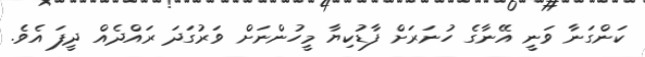
ކަންގަނާ ވަނީ އޭނާގެ ހުނަރަށް ފާޑުކިޔާ މީހުންނަށް ވަރުގަދަ ރައްދެއް ދީފަ އެވެ.